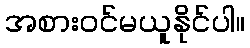
အစားဝင်မယူနိုင်ပါ။